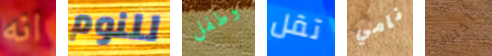
انه للنوم وطفل تقل نامي اختراق